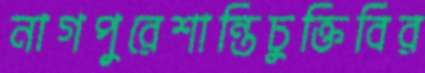
নাগপুরেশান্তিচুক্তিবির